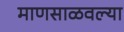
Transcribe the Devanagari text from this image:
माणसाळवल्या